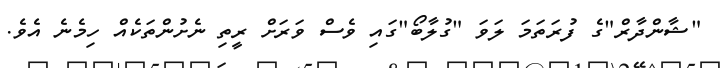
"ޝާންދާރް"ގެ ފުރަތަމަ ލަވަ "ގުލާބޯ"ގައި ވެސް ވަރަށް ރީތި ނެށުންތަކެއް ހިމެނެ އެވެ.